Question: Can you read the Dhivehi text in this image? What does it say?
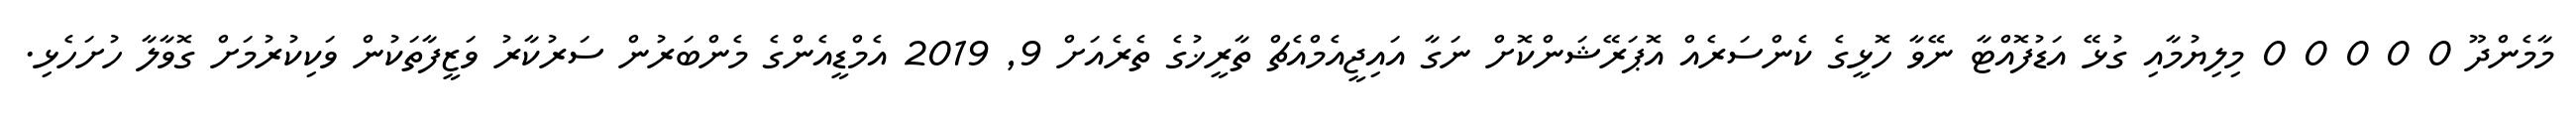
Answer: މާމެންދޫ 0 0 0 0 0 މިލިޔުމާއި ގުޅޭ އަޑުފޮއްޓާ ނޭވާ ހޮޅީގެ ކެންސަރެއް އޮޕަރޭޝަންކޮށް ނަގާ އައިޖީއެމްއެޗް ތާރީޚުގެ ތެރެއަށް 9, 2019 އެމްޑީއެންގެ މެންބަރުން ސަރުކާރު ވަޒީފާތަކުން ވަކިކުރުމަށް ގޮވާލާ ހުށަހެޅި.